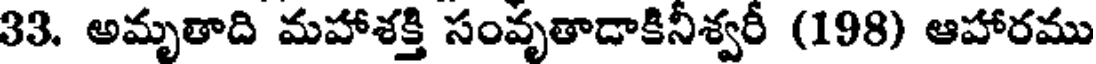
33. అమృతాది మహాశక్తి సంవృతాడాకినీశ్వరీ (198) ఆహారము